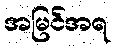
အမြင်အရ